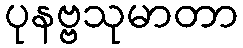
ပုနဗ္ဗသုမာတာ